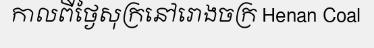
កាលពីថ្ងៃសុក្រនៅរោងចក្រ Henan Coal